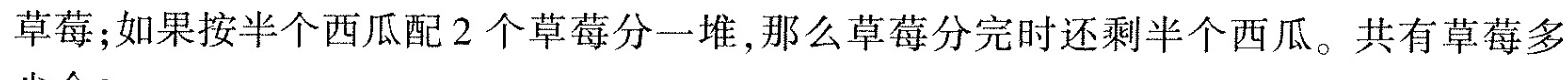
草莓；如果按半个西瓜配2个草莓分一堆，那么草莓分完时还剩半个西瓜。共有草莓多